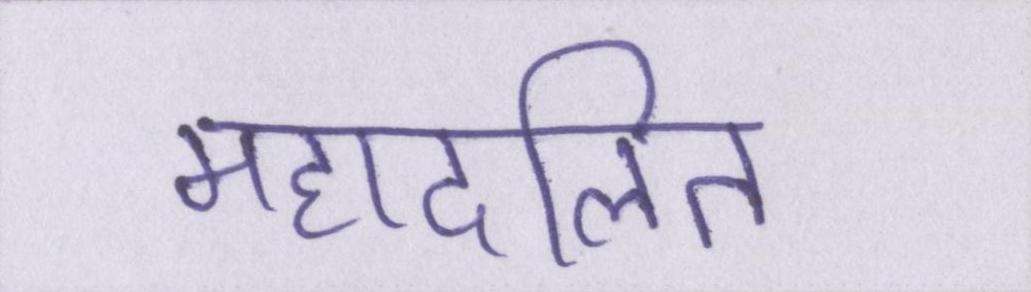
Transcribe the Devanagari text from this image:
महादलित